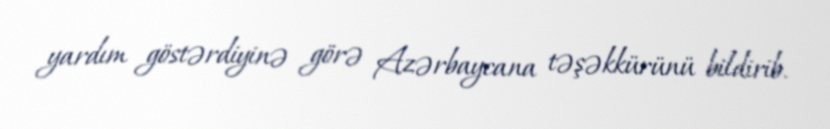
yardım göstərdiyinə görə Azərbaycana təşəkkürünü bildirib.